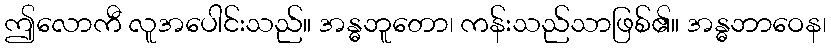
ဤလောကီ လူအပေါင်းသည်။ အန္ဓဘူတော၊ ကန်းသည်သာဖြစ်၏။ အန္ဓဘာဝေန၊